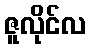
ဇူလိုင်လ